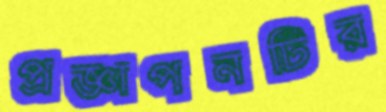
প্রজ্ঞাপনটির